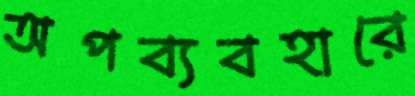
অপব্যবহারে